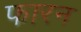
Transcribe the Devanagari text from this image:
फारन